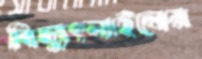
বিদ্যুৎলাইনের